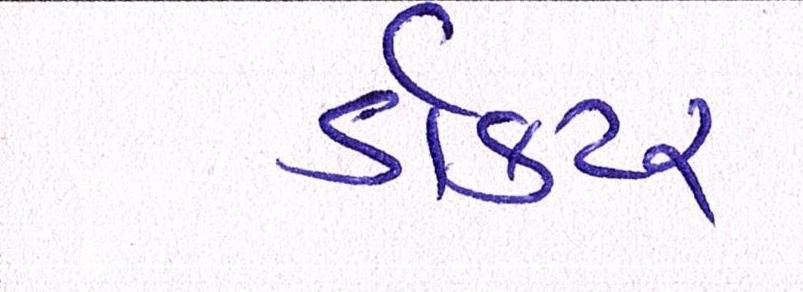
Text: ડૉક્ટર